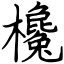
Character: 欃